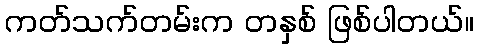
ကတ်သက်တမ်းက တနှစ် ဖြစ်ပါတယ်။